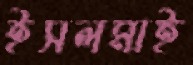
ইসলমাই